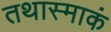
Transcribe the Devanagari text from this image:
तथास्माकं